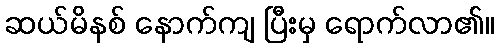
ဆယ်မိနစ် နောက်ကျ ပြီးမှ ရောက်လာ၏။